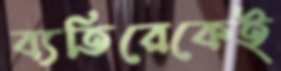
ব্যতিরেকেই